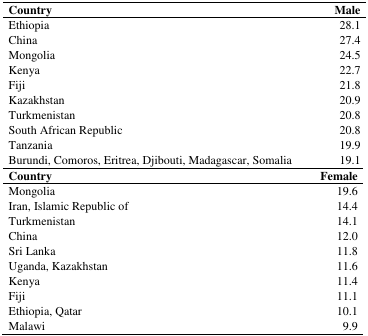
<table><thead><tr><td><b>Country</b></td><td><b>Male</b></td></tr></thead><tbody><tr><td>Ethiopia</td><td>28.1</td></tr><tr><td>China</td><td>27.4</td></tr><tr><td>Mongolia</td><td>24.5</td></tr><tr><td>Kenya</td><td>22.7</td></tr><tr><td>Fiji</td><td>21.8</td></tr><tr><td>Kazakhstan</td><td>20.9</td></tr><tr><td>Turkmenistan</td><td>20.8</td></tr><tr><td>South African Republic</td><td>20.8</td></tr><tr><td>Tanzania</td><td>19.9</td></tr><tr><td>Burundi, Comoros, Eritrea, Djibouti, Madagascar, Somalia</td><td>19.1</td></tr><tr><td><b>Country</b></td><td><b>Female</b></td></tr><tr><td>Mongolia</td><td>19.6</td></tr><tr><td>Iran, Islamic Republic of</td><td>14.4</td></tr><tr><td>Turkmenistan</td><td>14.1</td></tr><tr><td>China</td><td>12.0</td></tr><tr><td>Sri Lanka</td><td>11.8</td></tr><tr><td>Uganda, Kazakhstan</td><td>11.6</td></tr><tr><td>Kenya</td><td>11.4</td></tr><tr><td>Fiji</td><td>11.1</td></tr><tr><td>Ethiopia, Qatar</td><td>10.1</td></tr><tr><td>Malawi</td><td>9.9</td></tr></tbody></table>